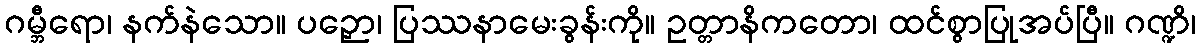
ဂမ္ဘီရော၊ နက်နဲသော။ ပဉှော၊ ပြဿနာမေးခွန်းကို။ ဥတ္တာနိကတော၊ ထင်စွာပြုအပ်ပြီ။ ဂဏ္ဍိ၊